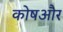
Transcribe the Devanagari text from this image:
कोषऔर